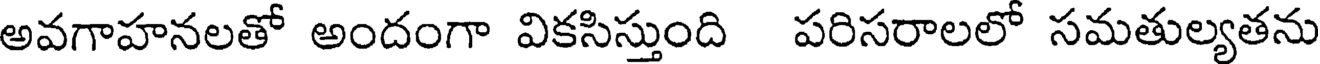
అవగాహనలతో అందంగా వికసిస్తుంది పరిసరాలలో సమతుల్యతను